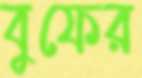
বুফের